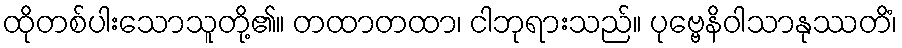
ထိုတစ်ပါးသောသူတို့၏။ တထာတထာ၊ ငါဘုရားသည်။ ပုဗ္ဗေနိဝါသာနုဿတိံ၊